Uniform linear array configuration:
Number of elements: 48
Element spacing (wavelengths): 0.25
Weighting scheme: binomial
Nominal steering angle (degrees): -45
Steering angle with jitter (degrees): -45.608
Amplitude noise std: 0.05
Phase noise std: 0.05

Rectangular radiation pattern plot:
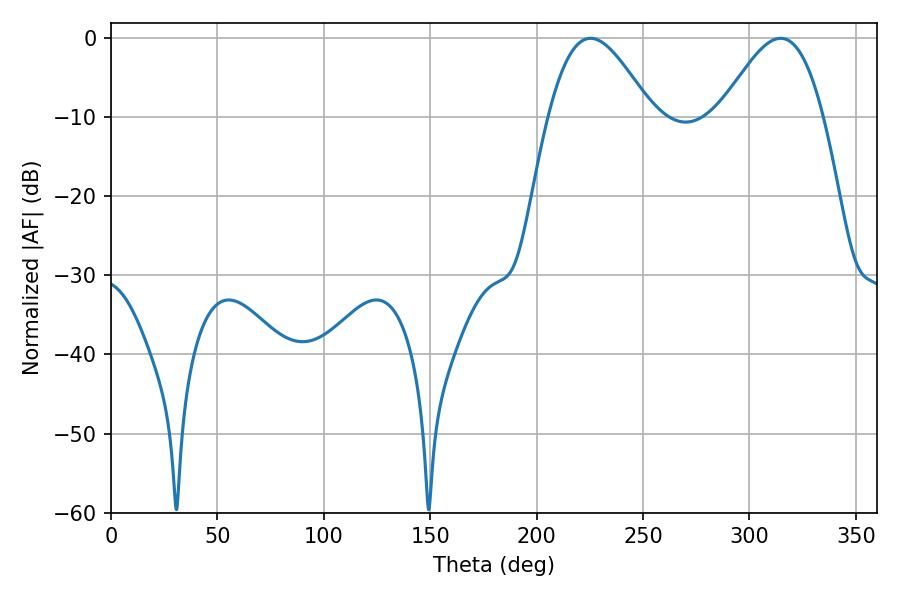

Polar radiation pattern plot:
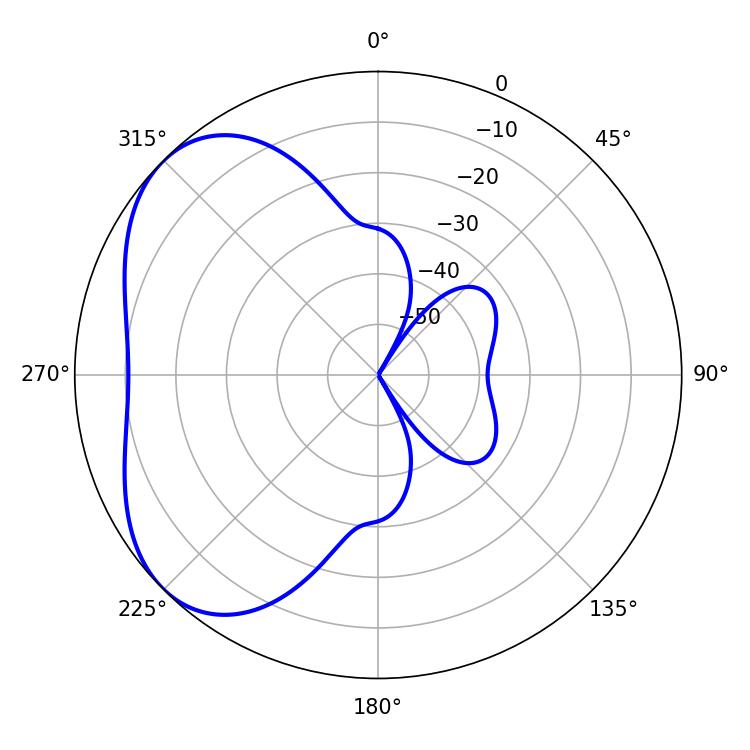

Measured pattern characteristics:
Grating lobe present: FALSE
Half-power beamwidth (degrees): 25.92
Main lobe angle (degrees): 225.36